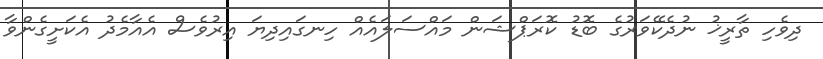
ދިވެހި ތާރީޚު ނުދެކޭވަރުގެ ބޮޑު ކޮރަޕްޝަން މައްސަލައެއް ހިނގައިދިޔަ އިރުވެސް އެއާމެދު އެކަށީގެންވާ